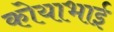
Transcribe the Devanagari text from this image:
कोयाभाई